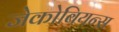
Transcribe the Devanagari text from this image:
जेकोबियन्स